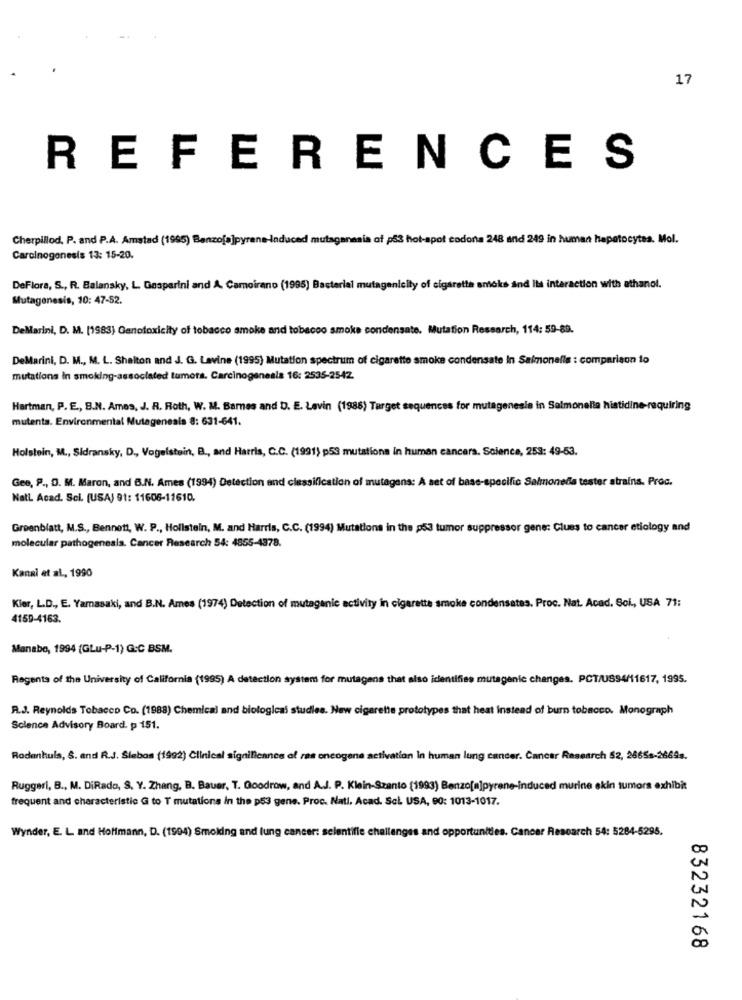
17
REFERENCES
Cherpillod. P. and P.A. Amstad (1995) Banzo[a]pyrene-induced mutagenesis of p53 hot-spot codona 248 and 249 in human hepatocytes. Mol.
Carcinogenesis 13: 15-20.
DeFlora, S ., R. Balansky, L. Gasparini and A. Camoirano (1995) Bacterial mutagenicity of cigarette smoke and Its interaction with athanol.
Mutagenesis, 10: 47-52.
DeMarini, D. M. [1983) Ganotoxicity of tobacco smoke and tobacco smoke condensate. Mutation Research, 114: 59-89.
DeMarini, D. M ., M. L. Shelton and J. G. Levine (1995) Mutation spectrum of cigarette smoke condensate in Salmonella : comparison to
mutations in smoking-associated tumors. Carcinogenesis 16: 2535-2542.
Hartman, P. E ., S.N. Ames, J. R. Roth, W. M. Barnes and D. E. Levin (1988) Target sequences for mutagenesis in Salmonella histidine-requiring
mutenta. Environmental Mutagenesis 8: 631-641.
Holstein, M ., Sidransky, D ., Vogelstein, B ., and Harris, C.C. (1991) p53 mutations in human cancera. Science, 253: 49-53.
Gee, P ., D. M. Maron, and B.N. Ames (1994) Detection and classification of mutagens: A set of base-specific Salmoneda tester strains. Proc.
Natl Acad. Sci. (USA) 91: 11606-11610.
Greenblatt, M.S ., Bennett, W. P ., Hollstein, M. and Harris, C.C. (1994) Mutations in the p53 tumor suppressor gene: Clues to cancer etiology and
molecular pathogenesis. Cancer Research 54: 4855-4378.
Kanal et al ., 1990
Kier, L.D ., E. Yamasaki, and B.N. Ames (1974) Detection of mutagenic activity in cigarette smoke condensates. Proc. Nat. Acad. Soi ., USA 71:
4159-4163.
Manabo, 1994 (GLu-P-1) G:C BSM.
Regents of the University of California (1995) A detection system for mutagens that also identifies mutagenic changes. PCT/US94/11617, 1995.
P.J. Reynolds Tobacco Co. (1988) Chemical and biological studies. New cigarette prototypes that heat instead of burn tobacco. Monograph
Science Advisory Board. p 151.
Rodenhula, S. and R.J. Siebos (1992) Clinical signiliennes of res oncogene activation In human lung cancer. Cancer Research 52, 2665s-2669s.
Ruggeri, B ., M. DiRado, S. Y. Zhang, B. Bauer, T. Goodrow, and A.J. P. Klein-Szanto (1993) Benzo[a]pyrene-induced murine ekin tumors exhibit
frequent and characteristic G to T mutations in the p53 gene. Proc. Nati, Acad. Sci USA, 90: 1013-1017.
Wynder, E. L and Hoffmann, D. (1994) Smoking and lung cancer: selentifle challenges and opportunities. Cancer Research 54: 5284-5295.
83232168